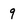
Character: 9